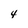
Character: 4